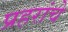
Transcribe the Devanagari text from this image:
प्रहरांचे